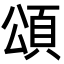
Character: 頌